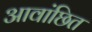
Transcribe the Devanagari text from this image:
आवांछित